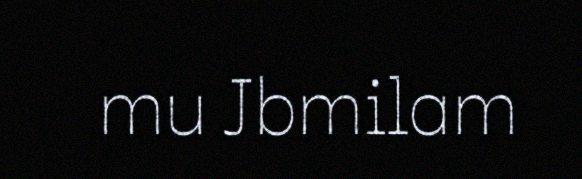
mu Jbmilam